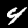
Label: 4